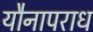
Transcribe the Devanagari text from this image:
यौनापराध